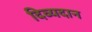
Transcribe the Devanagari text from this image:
दिव्यदान